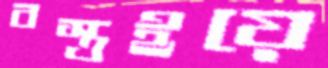
বস্ত্রইয়ে